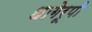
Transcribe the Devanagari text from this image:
धागेरूपी